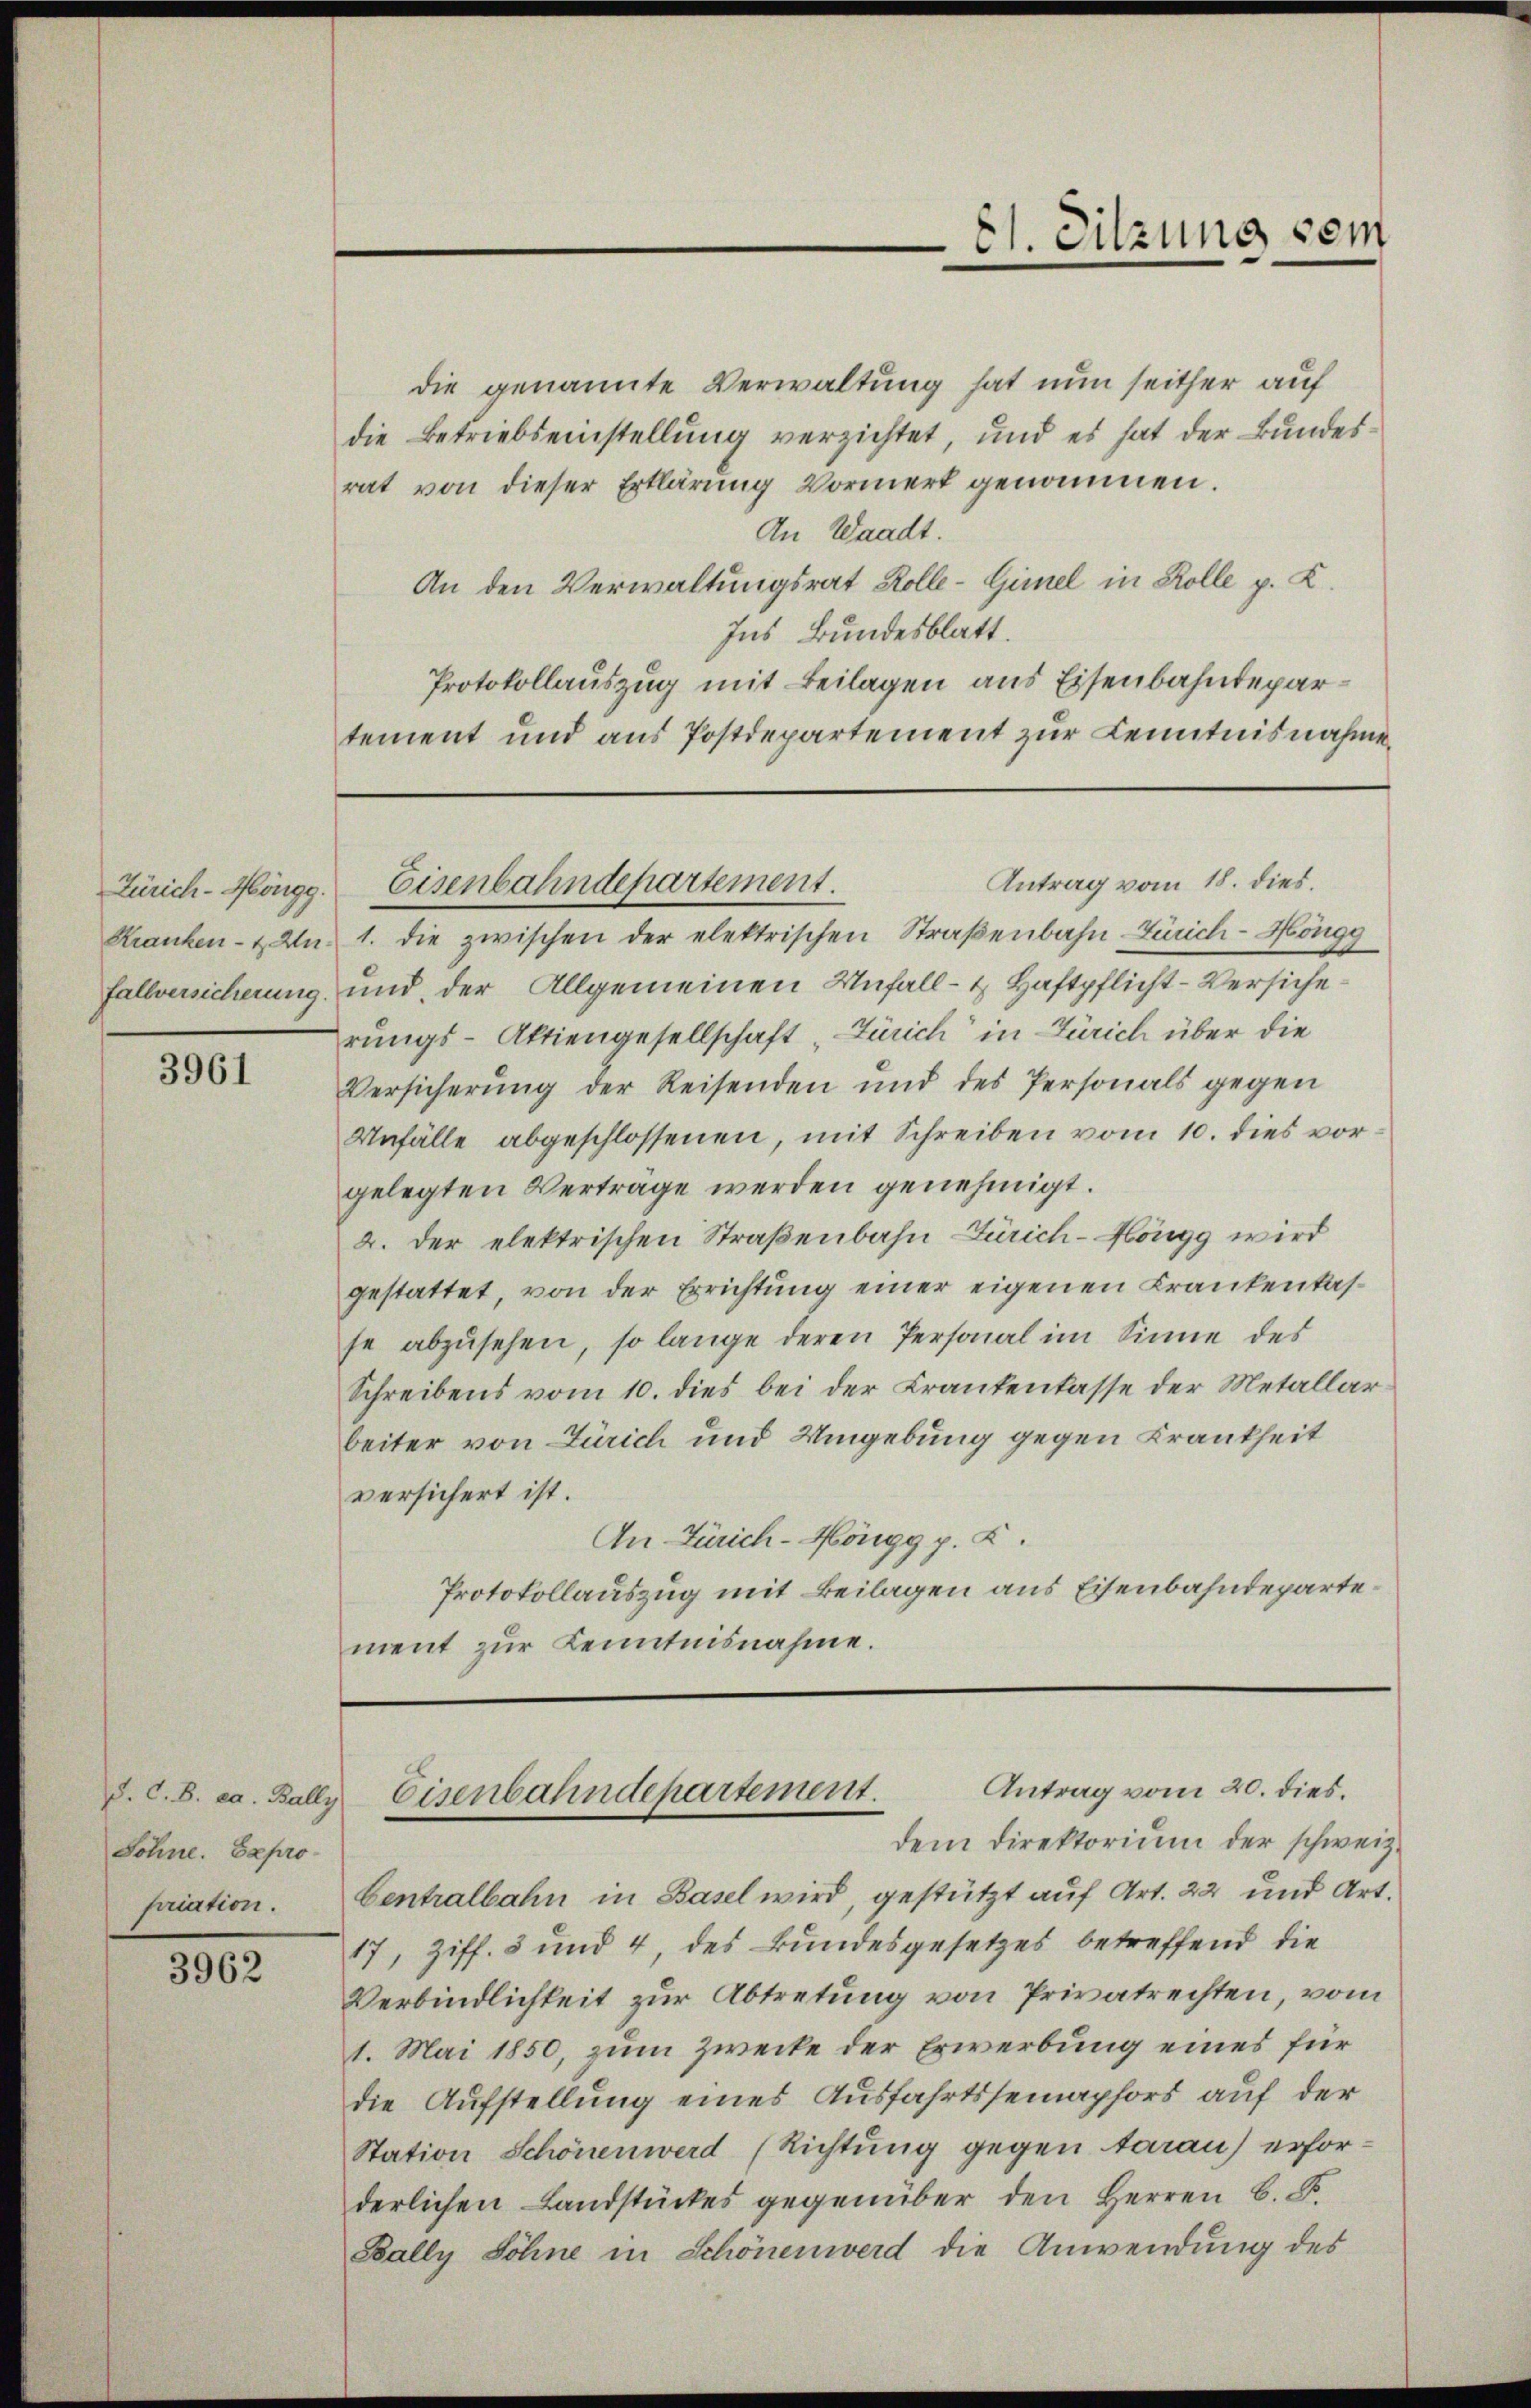
Zürich-Höngg.
Kranken- & Unfallversicherung.

3961

Söhne. Expro
priation.

3962

die genannte Verwaltung hat nun seither auf
die Betriebseinstellung verzichtet, und es hat der Bundesrat von dieser Erklärung Vormerk genommen.
An Waadt.
An den Verwaltungsrat Kolle-Gimel in Rolle p. K.
Ins Bundesblatt.
Protokollauszug mit Beilagen aus Eisenbahndepartement und aus Postdepartement zur Kenntnisnahme.

1. die zwischen der elektrischen Straßenbahn Zürich-Höngg
und, der Allgemeinen Unfall- u. Haftpflicht-Versiche
rungs-Aktiengesellschaft Zürich in Zürich über die
Versicherŭng der Reisenden und des Personals gegen
Unfälle abgeschlossenen, mit Schreiben vom 10. dies vorgelegten Vertrage werden genehmigt.
2. Der elektrischen Straßenbahn Zürich-Höngg wird
gestattet, von der Errichtung einer eigenen Krankentasse abzusehen, so lange deren Personal im Sinne des
Schreibens vom 10. dies bei der Krankenlasse der Metallarbeiter von Zürich und Umgebung gegen Krankheit
versichert ist.
An Zürich-Höngg p. K.
Protokollauszug mit Beilagen aus Eisenbahndepartement zur Kenntnisnahme.

81. Sitzung vom

Antrag vom 18. dies.
Eisenbahndepartement.

Antrag vom 20. dies.
d. C. B. ca. Bally Eisenbahndepartement.

dem Direktorium der schweiz.
Centralbahn in Basel wird, gestützt auf Art. 22 und Art.
17, Ziff. 3 und 4, des Bundesgesetzes betreffend die
Verbindlichkeit zur Abtretung von Privatrechten, vom
1. Mai 1850, zum Zwecke der Erwerbung eines für
die Aufstellung eines Ausfahrtssemaphors auf der
Station Schönen werd (Richtung gegen tarau) erforderlichen Landstückes gegenüber den Herren C. F.
Bally Söhne in Schönenwerd die Anwendung des